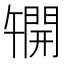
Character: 𫔦